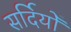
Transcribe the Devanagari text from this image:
सर्दियोँ